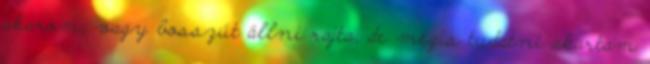
akarom, vagy bosszút állni rajta, de mégis tudatni akartam